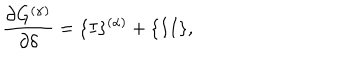
LaTeX: \frac { \partial G ^ { ( \alpha ) } } { \partial \delta } = \{ I \} ^ { ( \alpha ) } + \{ I I \} ,